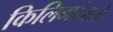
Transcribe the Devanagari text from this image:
किलिमांजरो